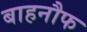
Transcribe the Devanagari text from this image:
बाहनौफ